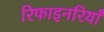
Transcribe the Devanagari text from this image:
रिफाइनरियाँ